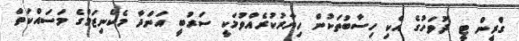
ގްރީން ޓީ ދުވަހުގެ އެކި ހިސާބުތަކުން ހިޔާރުކުރެއްވުމަކީ ސަރުބީ އަންދާ މެކެނިޒަމްގެ މަސައްކަތް